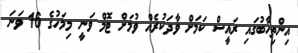
އިންތިހާބުގައި ރައީސް ކަމަށް ވާދަކުރެއް ވުމަށް ޓޮމް ވަނީ މިމަހުގެ 16 ވަނަ